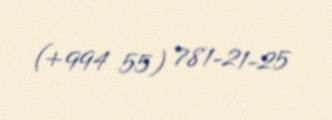
(+994 55) 781-21-25